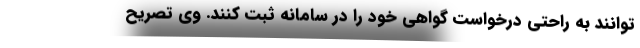
‌توانند به راحتی درخواست گواهی خود را در سامانه ثبت کنند. وی تصریح